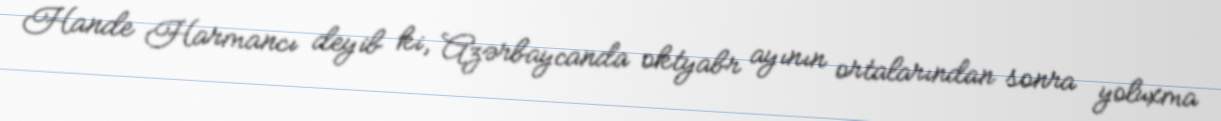
Hande Harmancı deyib ki, Azərbaycanda oktyabr ayının ortalarından sonra yoluxma